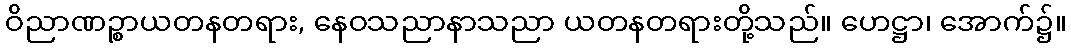
ဝိညာဏဉ္စာယတနတရား, နေဝသညာနာသညာ ယတနတရားတို့သည်။ ဟေဋ္ဌာ၊ အောက်၌။